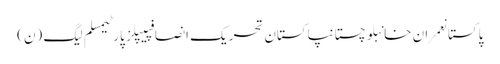
پاکستانعمران خانبلوچستانپاکستان تحریک انصافپیپلز پارٹیمسلم لیگ (ن)